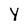
Character: y